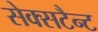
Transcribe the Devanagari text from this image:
सेक्सटैन्ट